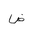
Letter: _dad